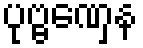
ပုဗ္ဗဏှေန